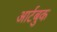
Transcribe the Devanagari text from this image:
आर्टबुक